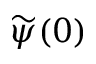
\widetilde \psi ( 0 )